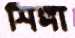
শিঙ্গা